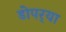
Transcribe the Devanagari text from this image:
डोपर्‍या